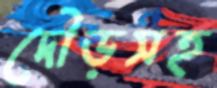
দৌড়সহ